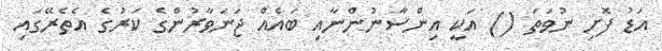
އަޑު ފޮށި ނުވަތަ () އަކީ އިންސާނުންނާއި ބައެއް ޖަނަވާރުންގެ ކަރުގެ އެތެރޭގައި